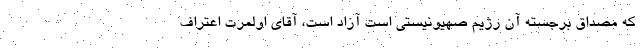
که مصداق برجسته آن رژیم صهیونیستی است آزاد است، آقای اولمرت اعتراف